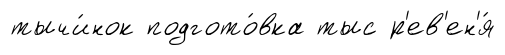
тычи́нок подгото́вка тыс р'ев'ен'я́